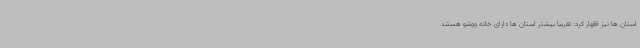
استان ها نیز اظهار کرد: تقریبا بیشتر استان ها دارای خانه ووشو هستند